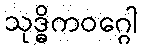
သုဒ္ဓိကဝဂ္ဂေါ